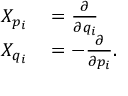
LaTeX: \begin{array} { r l } { X _ { p _ { i } } } & { { } = { \frac { \partial } { \partial q _ { i } } } } \\ { X _ { q _ { i } } } & { { } = - { \frac { \partial } { \partial p _ { i } } } . } \end{array}